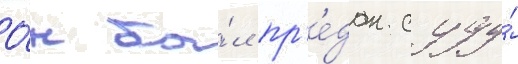
О́н бы́л пр'е́дан суду́